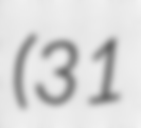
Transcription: (31